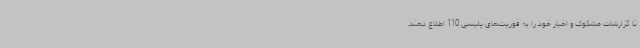
تا گزارشات مشکوک و اخبار خود را به فوریت‌های پلیسی 110 اطلاع دهند.